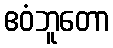
ဧဝံဘူတော